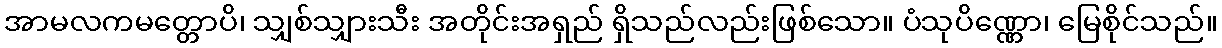
အာမလကမတ္တောပိ၊ သျှစ်သျှားသီး အတိုင်းအရှည် ရှိသည်လည်းဖြစ်သော။ ပံသုပိဏ္ဏော၊ မြေစိုင်သည်။